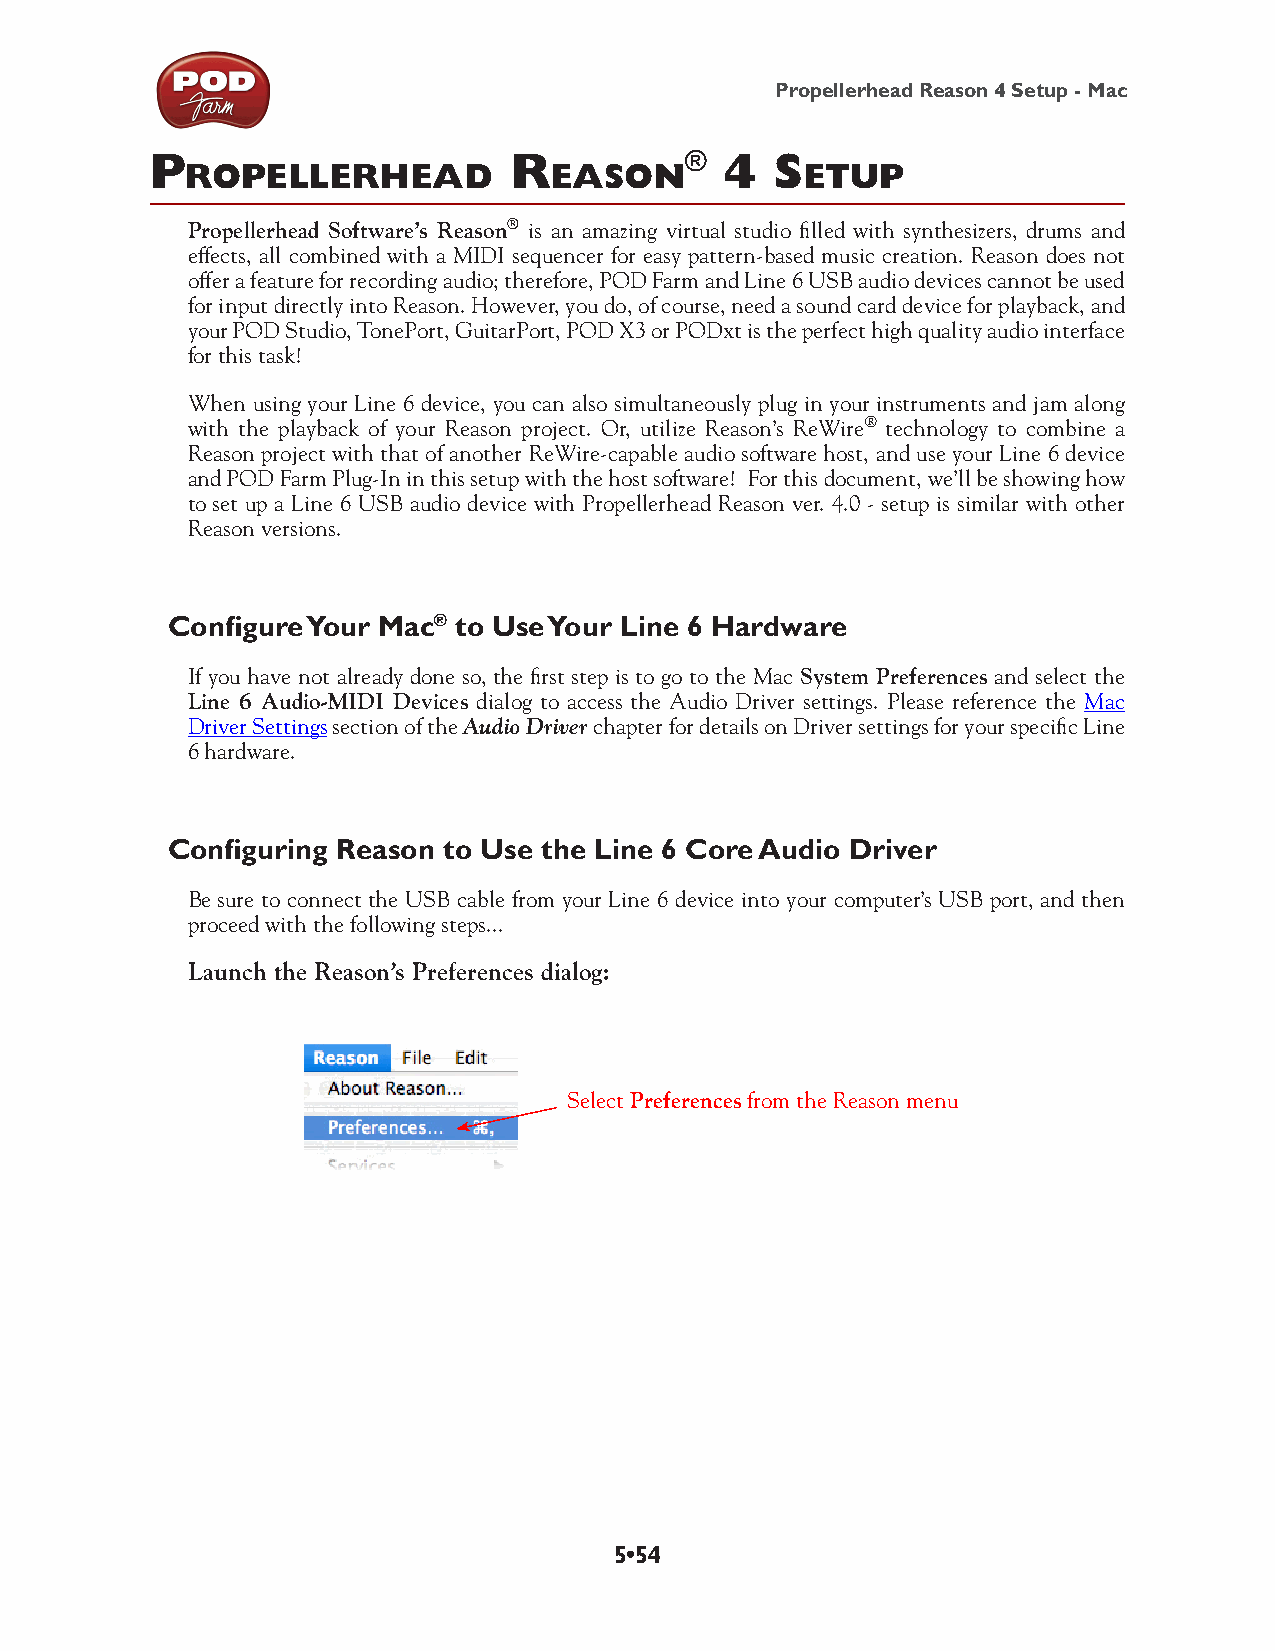
Propellerhead Reason 4 Setup - Mac
 p                       R          ®  4  S
 RopelleRhead            eaSon            etup
 Propellerhead Software’s Reason® is an amazing virtual studio filled with synthesizers, drums and
 effects, all combined with a MIDI sequencer for easy pattern-based music creation. Reason does not
 offer a feature for recording audio; therefore, POD Farm and Line 6 USB audio devices cannot be used
 for input directly into Reason. However, you do, of course, need a sound card device for playback, and
 your POD Studio, TonePort, GuitarPort, POD X3 or PODxt is the perfect high quality audio interface
 for this task!
 When using your Line 6 device, you can also simultaneously plug in your instruments and jam along
 with the playback of your Reason project. Or, utilize Reason’s ReWire® technology to combine a
 Reason project with that of another ReWire-capable audio software host, and use your Line 6 device
 and POD Farm Plug-In in this setup with the host software! For this document, we’ll be showing how
 to set up a Line 6 USB audio device with Propellerhead Reason ver. 4.0 - setup is similar with other
 Reason versions.
 Configure Your Mac® to Use Your Line 6 Hardware
 If you have not already done so, the first step is to go to the Mac System Preferences and select the
 Line 6 Audio-MIDI Devices dialog to access the Audio Driver settings. Please reference the Mac
 Driver Settings section of the Audio Driver chapter for details on Driver settings for your specific Line
 6 hardware.
 Configuring Reason to Use the Line 6 Core Audio Driver
 Be sure to connect the USB cable from your Line 6 device into your computer’s USB port, and then
 proceed with the following steps...
 Launch the Reason’s Preferences dialog:
 Select Preferences from the Reason menu
 5•54